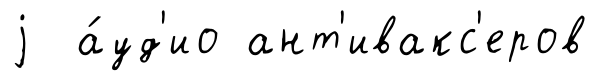
j а́уд'ио ант'ивакс'еров